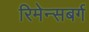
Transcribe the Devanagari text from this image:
रिमेन्सबर्ग